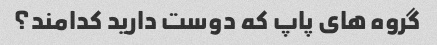
گروه های پاپ که دوست دارید کدامند؟